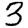
Digit: 3